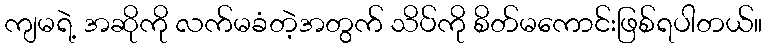
ကျမရဲ့ အဆိုကို လက်မခံတဲ့အတွက် သိပ်ကို စိတ်မကောင်းဖြစ်ရပါတယ်။